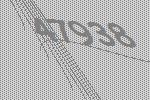
47938